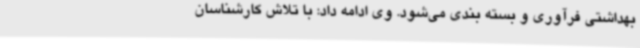
بهداشتی فرآوری و بسته بندی می‌شود. وی ادامه داد: با تلاش کارشناسان